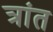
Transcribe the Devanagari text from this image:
त्रांत